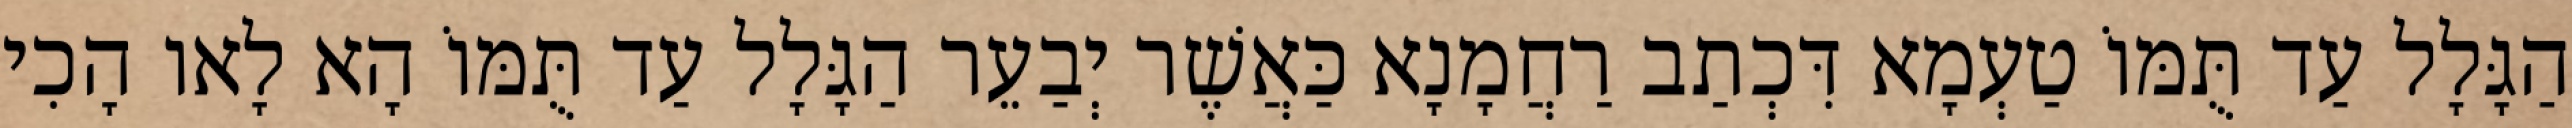
הַגָּלָל עַד תֻּמּוֹ טַעְמָא דִּכְתַב רַחֲמָנָא כַּאֲשֶׁר יְבַעֵר הַגָּלָל עַד תֻּמּוֹ הָא לָאו הָכִי